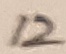
Text: 12